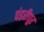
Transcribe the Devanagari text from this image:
पंडरीपूर